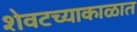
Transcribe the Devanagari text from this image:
शेवटच्याकाळात